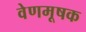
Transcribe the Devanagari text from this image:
वेणमूषक